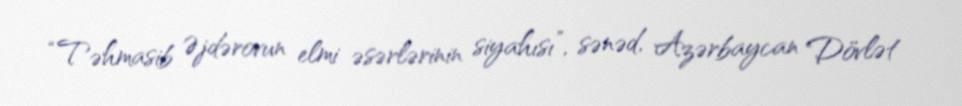
“Təhmasib Əjdərovun elmi əsərlərinin siyahısı”, sənəd, Azərbaycan Dövlət